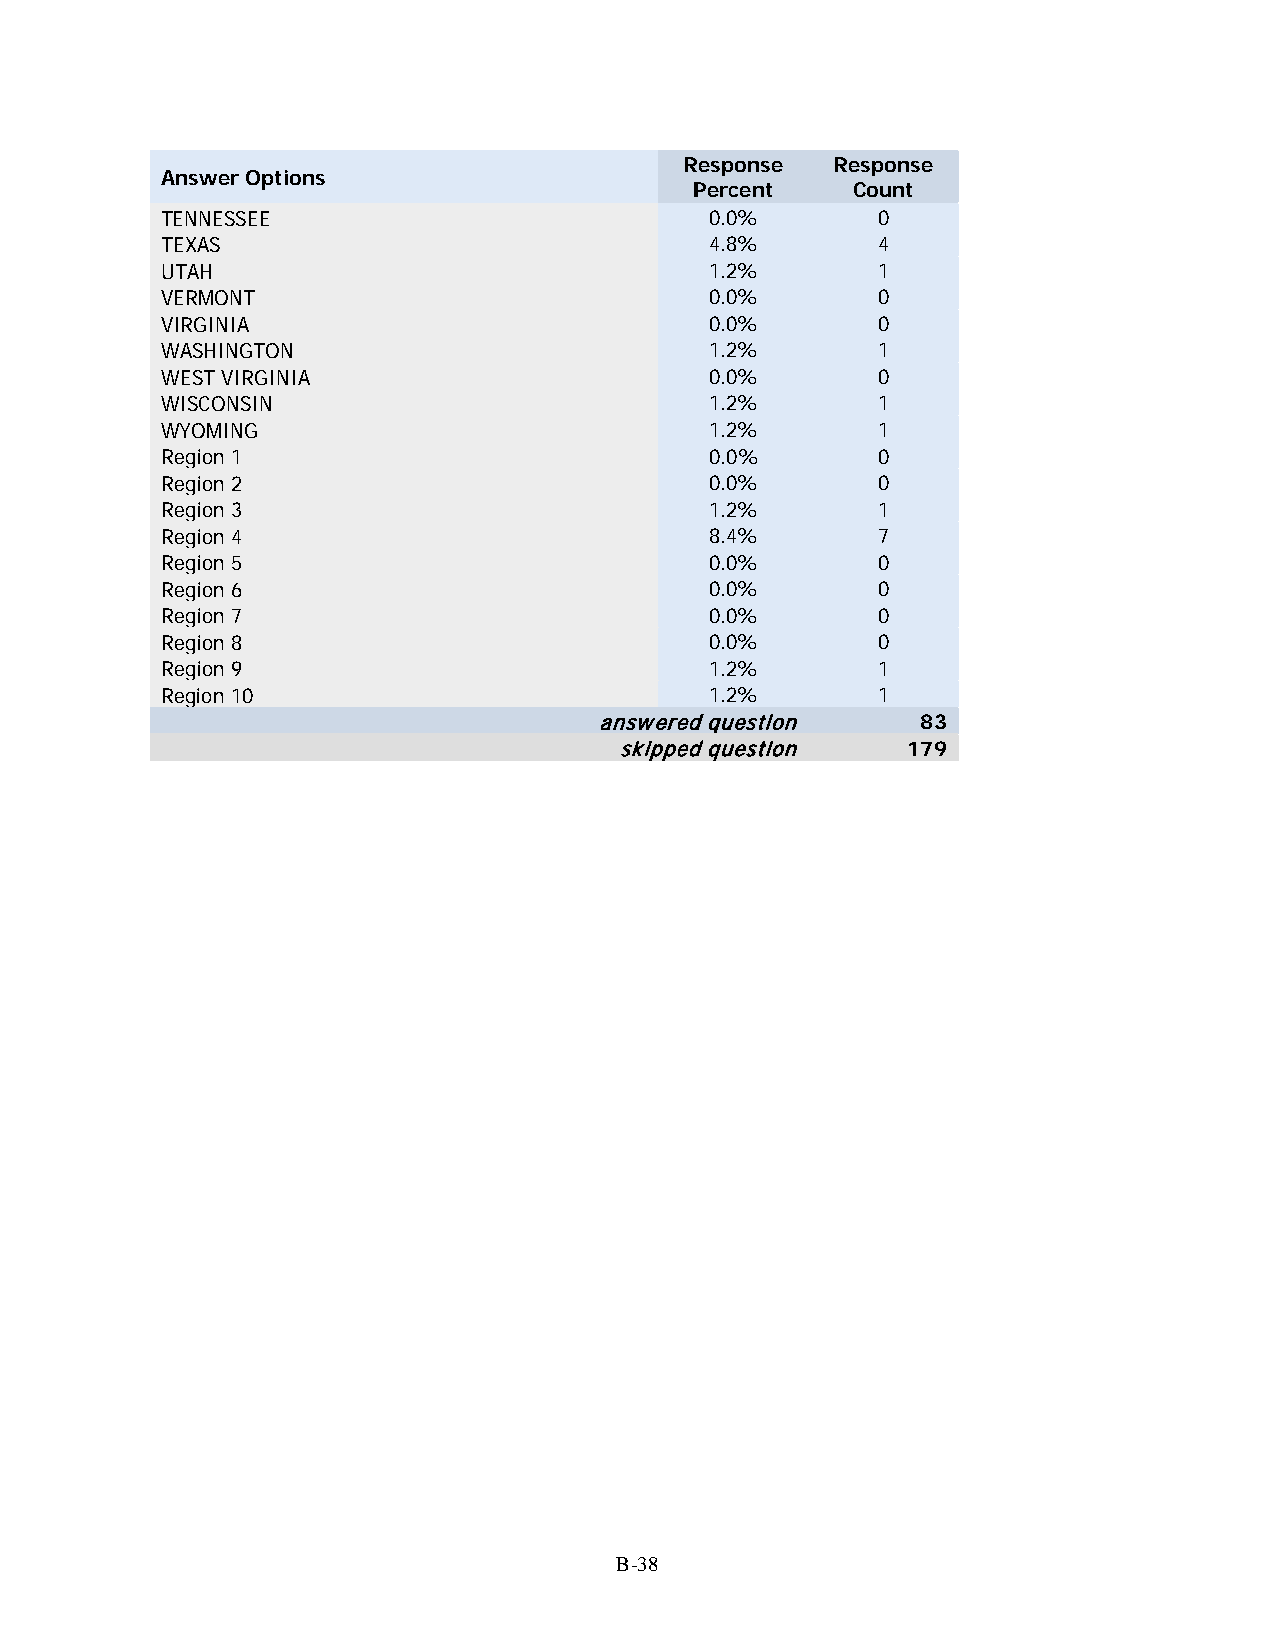
Response  Response
 Answer Options
 Percent   Count
 TENNESSEE                           0.0%       0
 TEXAS                               4.8%       4
 UTAH                                1.2%       1
 VERMONT                             0.0%       0
 VIRGINIA                            0.0%       0
 WASHINGTON                          1.2%       1
 WEST VIRGINIA                       0.0%       0
 WISCONSIN                           1.2%       1
 WYOMING                             1.2%       1
 Region 1                            0.0%       0
 Region 2                            0.0%       0
 Region 3                            1.2%       1
 Region 4                            8.4%       7
 Region 5                            0.0%       0
 Region 6                            0.0%       0
 Region 7                            0.0%       0
 Region 8                            0.0%       0
 Region 9                            1.2%       1
 Region 10                           1.2%       1
 answered question    83
 skipped question   179
 B-38